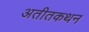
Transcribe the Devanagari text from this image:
अतीतकथन